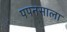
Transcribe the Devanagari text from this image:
पपनसाला